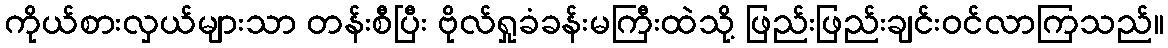
ကိုယ်စားလှယ်များသာ တန်းစီပြီး ဗိုလ်ရှုခံခန်းမကြီးထဲသို့ ဖြည်းဖြည်းချင်းဝင်လာကြသည်။